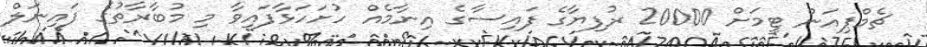
ޗެމްޕިއަން ޓީމަށް 20000 ރުފިޔާގެ ފައިސާގެ އިނާމެއް ހުށަހަޅާފައިވާ މި މުބާރާތުގެ ފައިނަލް